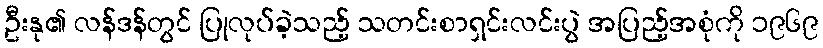
ဦးနု၏ လန်ဒန်တွင် ပြုလုပ်ခဲ့သည့် သတင်းစာရှင်းလင်းပွဲ အပြည့်အစုံကို ၁၉၆၉